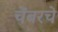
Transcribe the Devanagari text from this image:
चेंबरचे